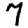
Digit: 7